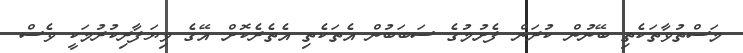
މަސްތުވާތަކެތި ބޭނުން ކުރަން ފެށުމުގެ ސަބަބުން އެތަކެތި އެތެރެކޮށް އޭގެ ވިޔަފާރިކުރުމަކީ ވެސް